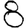
Digit: 8